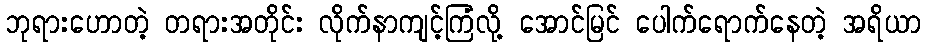
ဘုရားဟောတဲ့ တရားအတိုင်း လိုက်နာကျင့်ကြံလို့ အောင်မြင် ပေါက်ရောက်နေတဲ့ အရိယာ